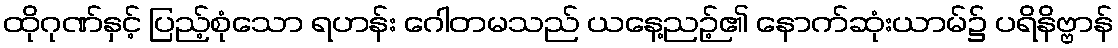
ထိုဂုဏ်နှင့် ပြည့်စုံသော ရဟန်း ဂေါတမသည် ယနေ့ညဉ့်၏ နောက်ဆုံးယာမ်၌ ပရိနိဗ္ဗာန်